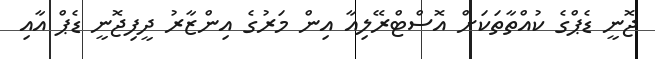
ޖޮނީ ޑެޕްގެ ކުއްތާތަކަށް އޮސްޓްރޭލިއާ އިން މަރުގެ އިންޒާރު ދީފިޖޮނީ ޑެޕް އާއި